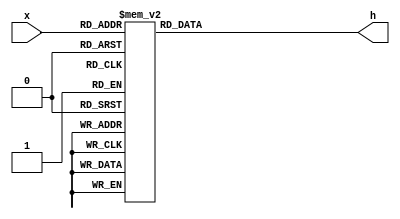
module decoder_hex_10(
	input [3:0]x,
	output reg [0:6]h);
	
	always @(x)
		case (x)
			0: h = 7'b1000000;
			1: h = 7'b1111001;
			2: h = 7'b0100100;
			3: h = 7'b0110000;
			4: h = 7'b0011001;
			5: h = 7'b0010010;
			6: h = 7'b0000010;
			7: h = 7'b1111000;
			8: h = 7'b0000000;
			9: h = 7'b0011000;
			default: h = 7'b1111111;
		endcase
endmodule